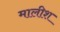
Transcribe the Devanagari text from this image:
मालीश